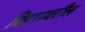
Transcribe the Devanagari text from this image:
त्रिपुरावरील